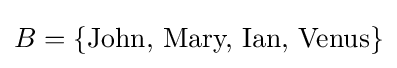
B=\{{\text{John, Mary, Ian, Venus}}\}